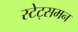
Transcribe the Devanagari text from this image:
स्टेट्समन